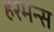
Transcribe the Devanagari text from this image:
हरमन्स